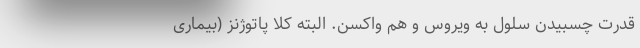
قدرت چسبیدن سلول به ویروس و هم واکسن. البته کلاً پاتوژنز (بیماری